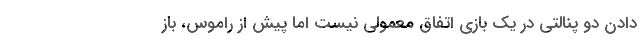
دادن دو پنالتی در یک بازی اتفاق معمولی نیست اما پیش از راموس، باز